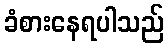
ခံစားနေရပါသည်